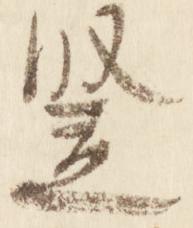
竪